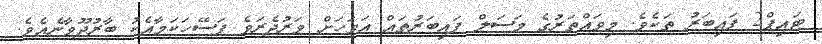
ޓައިޕް2 ފައިބަރު ތަކެވެ. މިވައްތަރުގެ މަސަލް ފައިބަރުތައް އަވަހަށް ވަރުދެރަވެ ފަސޭހަކަމާއެކު ބާރުދޫވާނެއެވެ.